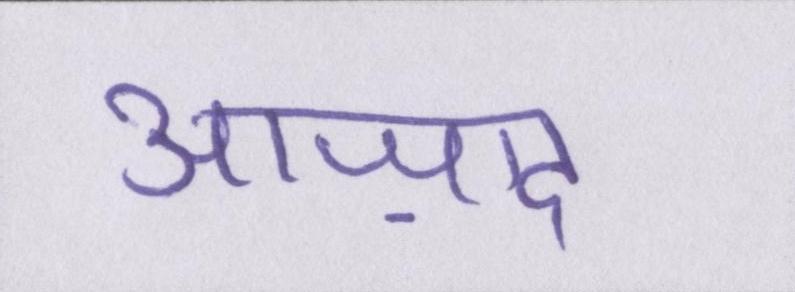
आज़ाद